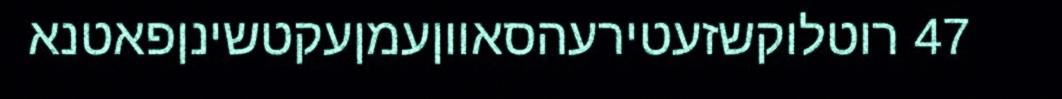
47 רוטלוקשזעטירעהסאווןעמןעקטשינןפאטנא